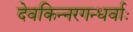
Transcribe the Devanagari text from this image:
देवकिन्नरगन्धर्वाः